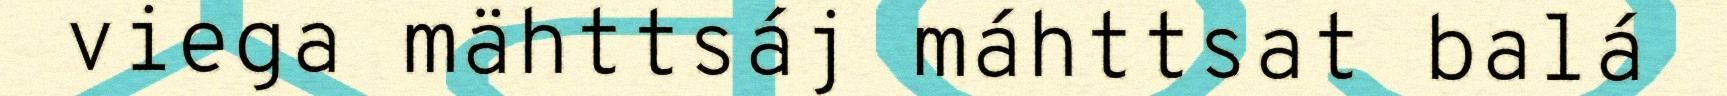
viega mähttsáj máhttsat balá